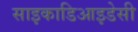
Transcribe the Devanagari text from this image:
साइकाडिआइडेसी